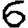
Digit: 6